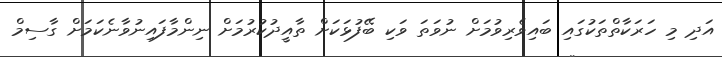
އަދި މި ހަރަކާތްތަކުގައި ބައިވެރިވުމަށް ނުވަތަ ވަކި ބޭފުޅަކަށް ތާއީދުކުރުމަށް ނިންމާފައިނުވާނެކަމަށް ގާސިމް